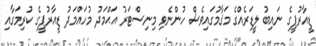
ޑީއާރުޕީގެ ނައިބު ލީޑަރެއްގެ މަޤާމުގައިވެސް ހުންނެވި މިނިސްޓަރު އަޙްމަދު މުހައްމަދު ޑީއާރުޕީގެ ކުރިމަގާއި